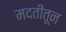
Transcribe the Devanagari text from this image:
मदतीतून